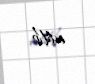
edilib.